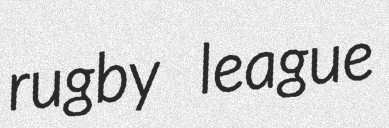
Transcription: rugby league